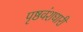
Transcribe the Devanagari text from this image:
पृष्ठवंशधारी